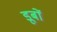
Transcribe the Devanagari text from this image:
डूबों